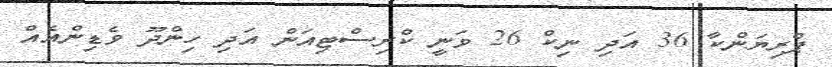
ޕްރިޔަންކާ 36 އަދި ނިކް 26 ވަނީ ކްރިސްޓިއަން އަދި ހިންދޫ ވެޑިންއެއް